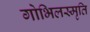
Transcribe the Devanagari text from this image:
गोभिलस्मृति